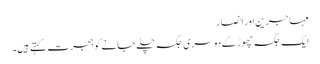
مہاجرین اور انصار
ایک جگہ چھوڑ کے دوسری جگہ چلے جانے کو ہجرت کہتے ہیں۔